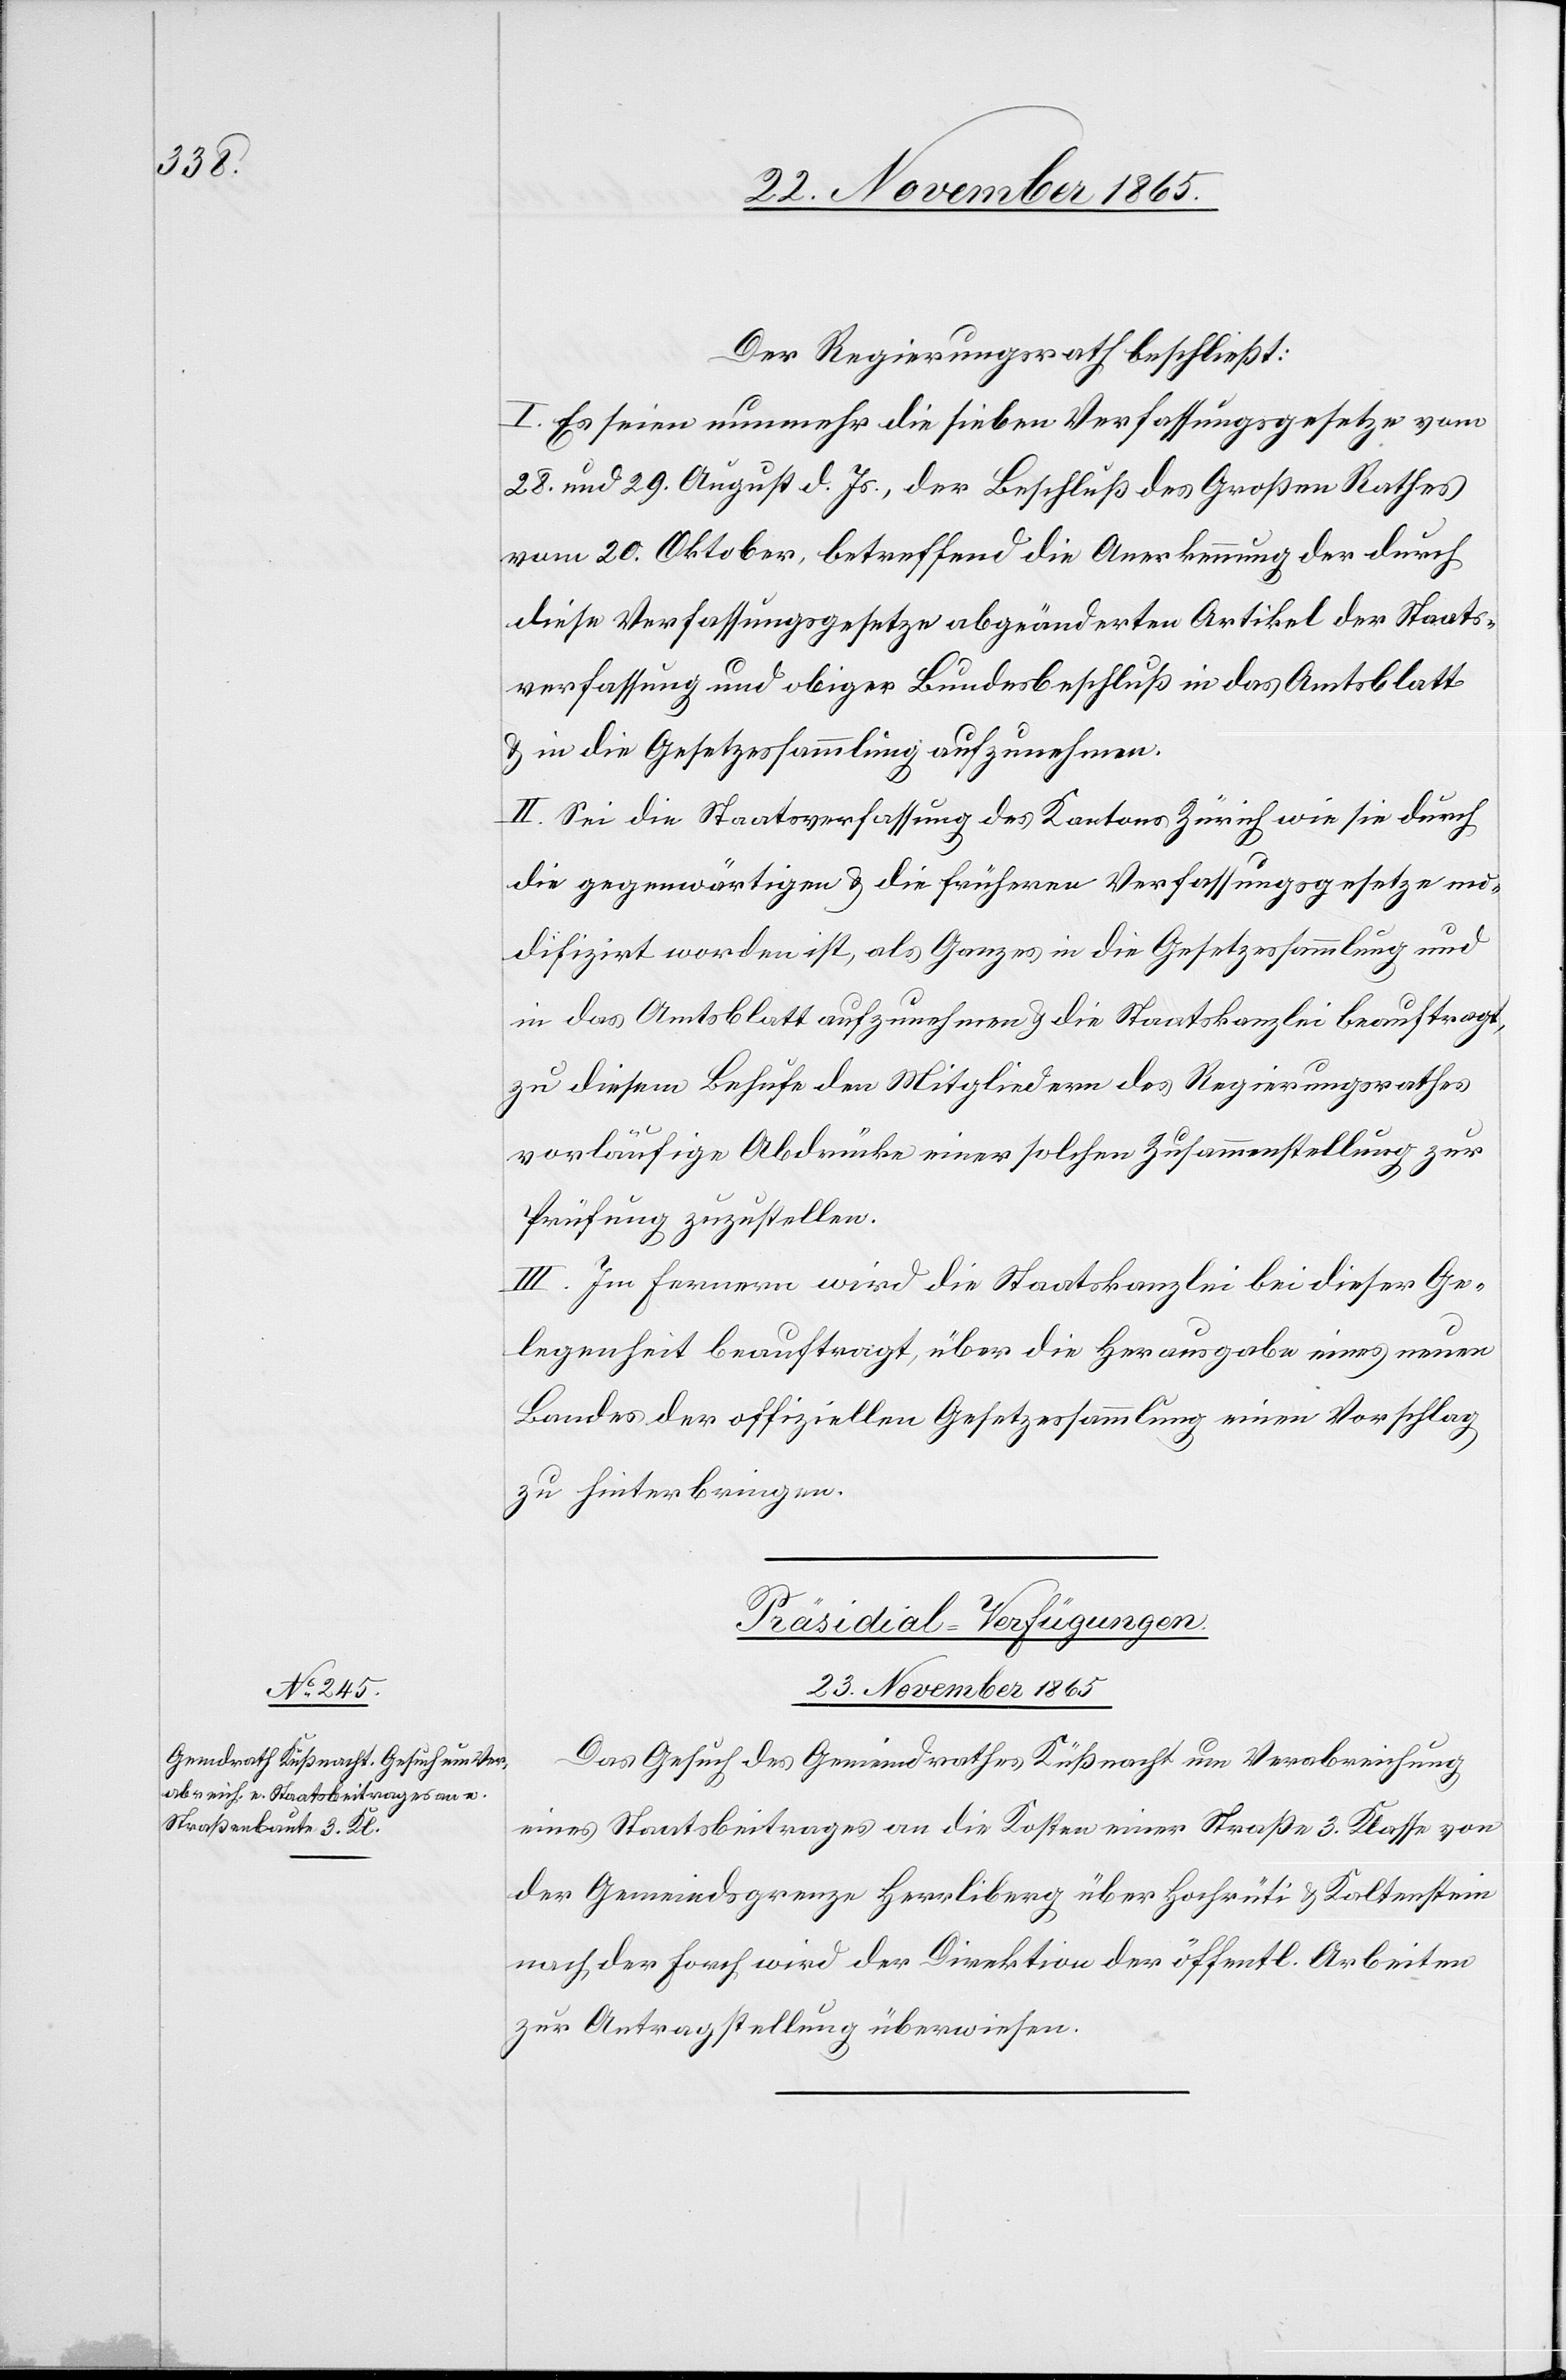
Der Regierungsrath beschließt:
I. Es seien nunmehr die sieben Verfassungsgesetze vom
28. und 29. August d. Js., der Beschluß des Großen Rathes
vom 20. Oktober, betreffend die Anerkennung der durch
diese Verfassungsgesetze abgeänderten Artikel der Staats¬
verfassung und obiger Bundesbeschluß in das Amtsblatt
& in die Gesetzessammlung aufzunehmen.
II. Sei die Staatsverfassung des Kantons Zürich wie sie durch
die gegenwärtigen & die frühern Verfassungsgesetze mo¬
difizirt worden ist, als Ganzes in die Gesetzessammlung und
in das Amtsblatt aufzunehmen & die Staatskanzlei beauftragt,
zu diesem Behufe den Mitgliedern des Regierungsrathes
vorläufige Abdrücke einer solchen Zusammenstellung zur
Prüfung zuzustellen.
III. Im Fernern wird die Staatskanzlei bei dieser Ge¬
legenheit beauftragt, über die Herausgabe eines neuen
Bandes der offiziellen Gesetzessammlung einen Vorschlag
zu hinterbringen.
Präsidial-Verfügungen.
23. November 1865.
Das Gesuch des Gemeindrathes Küßnacht um Verabreichung
eines Staatsbeitrages an die Kosten einer Straße 3. Klasse von
der Gemeindsgrenze Herrliberg über Hochrüti & Kaltenstein
nach der Forch wird der Direktion der öffentl. Arbeiten
zur Antragstellung überwiesen.